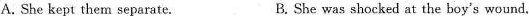
A.She kept them separate. B. She was shocked at the boy's wound.